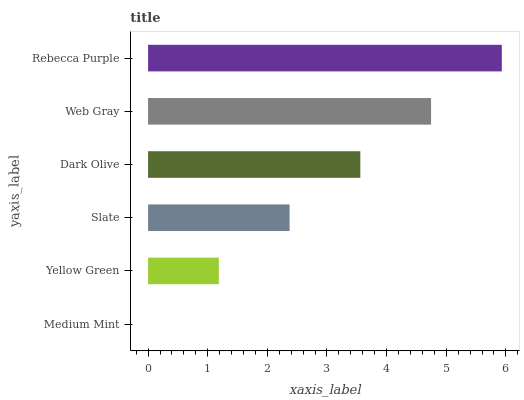
| yaxis_label | bars |
 | --- | --- |
 | Medium Mint | 0 |
 | Yellow Green | 1.19 |
 | Slate | 2.37 |
 | Dark Olive | 3.56 |
 | Web Gray | 4.75 |
 | Rebecca Purple | 5.93 |